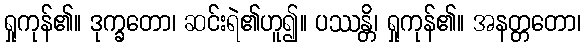
ရှုကုန်၏။ ဒုက္ခတော၊ ဆင်းရဲ၏ဟူ၍။ ပဿန္တိ၊ ရှုကုန်၏။ အနတ္တတော၊